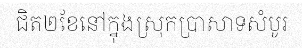
ជិត២ខែនៅក្នុងស្រុកប្រាសាទសំបូរ